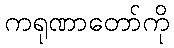
ကရုဏာတော်ကို